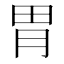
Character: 胃